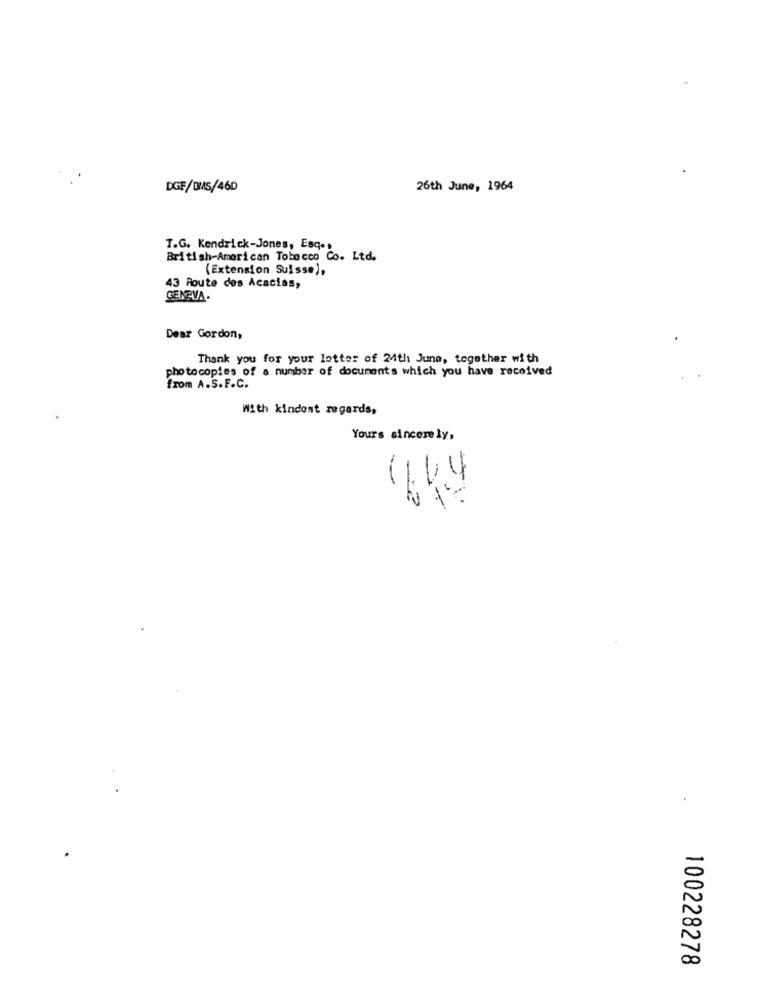
DGF/DIAS/46D
26th June, 1964
T.G. Kendrick-Jones, Esqet
British-American Tobacco Co. Ltd.
(Extension Suisse),
43 Route des Acacias,
GENEVA.
Dear Gordon,
Thank you for your lotter of 24th June, together with
photocopies of a number of documents which you have received
from A.S.F.C.
With kindest regards,
Yours sincerely,
-
100228278